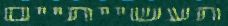
תעשייתיים